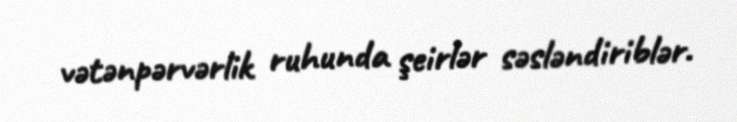
vətənpərvərlik ruhunda şeirlər səsləndiriblər.